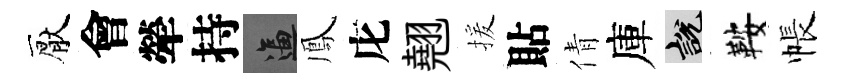
厭會犖持逼鳳庀翹援貼倩庫説鞍帳